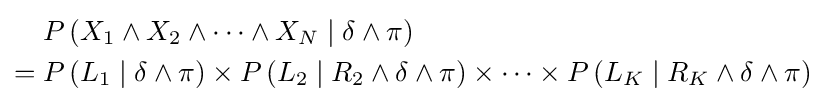
{\begin{aligned}&P\left(X_{1}\wedge X_{2}\wedge \cdots \wedge X_{N}\mid \delta \wedge \pi \right)\\={}&P\left(L_{1}\mid \delta \wedge \pi \right)\times P\left(L_{2}\mid R_{2}\wedge \delta \wedge \pi \right)\times \cdots \times P\left(L_{K}\mid R_{K}\wedge \delta \wedge \pi \right)\end{aligned}}